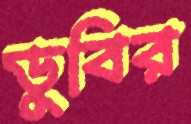
ডুবির